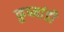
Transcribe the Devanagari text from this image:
कुष्मांडी